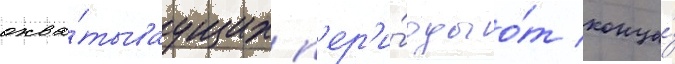
охва́тываущих п'ер'и́оды о́т конца́